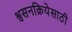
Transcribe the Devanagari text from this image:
श्वसनक्रियेसाठी